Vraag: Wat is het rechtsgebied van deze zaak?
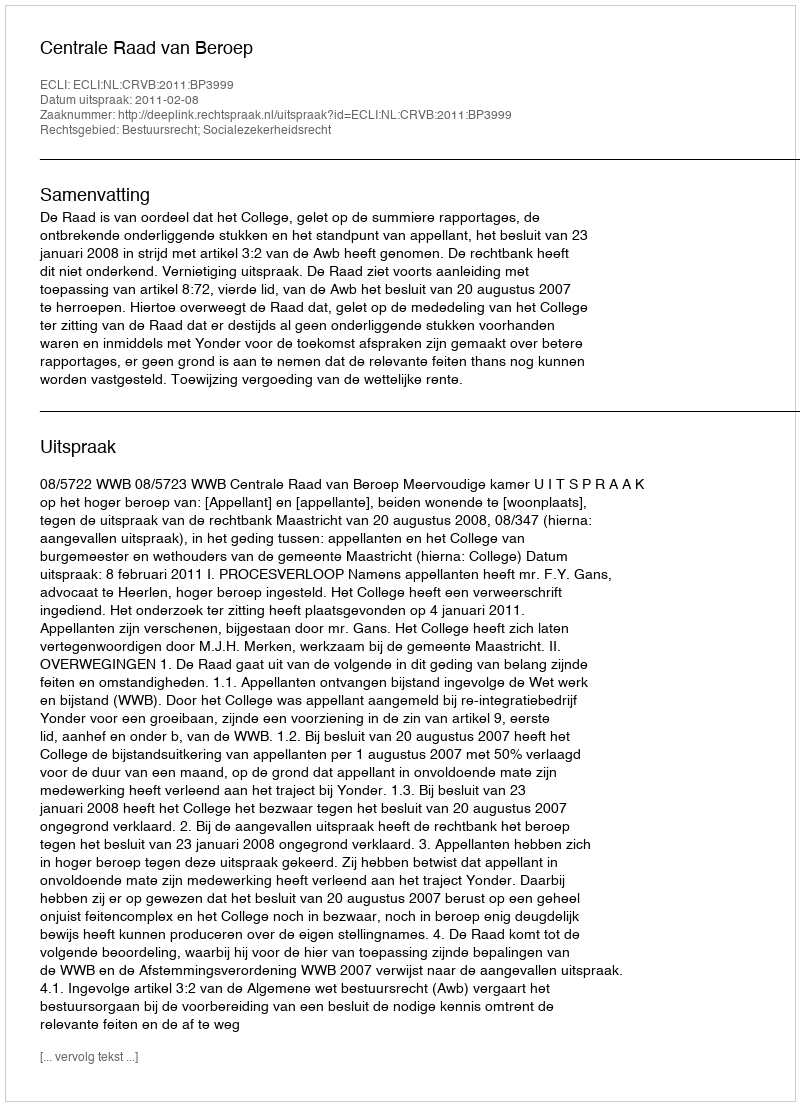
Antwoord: Bestuursrecht; Socialezekerheidsrecht